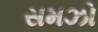
સમઝો